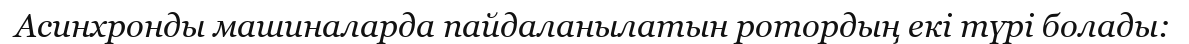
Асинхронды машиналарда пайдаланылатын ротордың екі түрі болады: